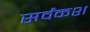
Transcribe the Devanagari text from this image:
सर्वंकश